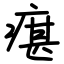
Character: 瘎